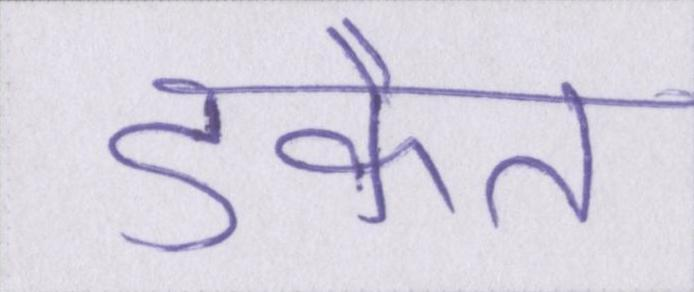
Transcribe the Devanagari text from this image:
डकैत